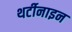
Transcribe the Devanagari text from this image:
थर्टीनाइन